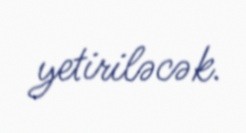
yetiriləcək.